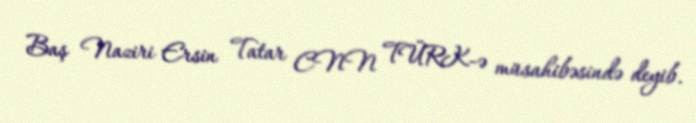
Baş Naziri Ersin Tatar CNN TÜRK-ə müsahibəsində deyib.